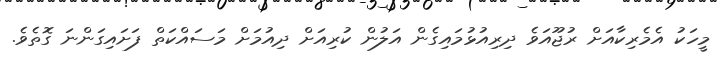
މީހަކު އެމެރިކާއަށް ރުޖޫއަވެ ދިރިއުޅުމައިގެން އަލުން ކުރިއަށް ދިއުމަށް މަސައްކަތް ފަށައިގަންނަ ގޮތެވެ.